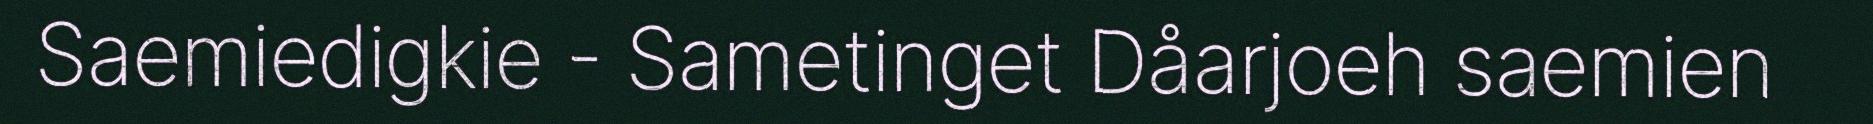
Saemiedigkie - Sametinget Dåarjoeh saemien